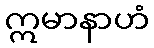
ဣမာနာဟံ